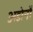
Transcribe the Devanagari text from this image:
अडोर्नो